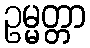
ဥမ္မတ္တာ